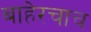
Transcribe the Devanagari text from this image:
बाहेरचाच